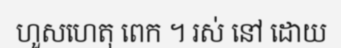
ហួសហេតុ ពេក ។ រស់ នៅ ដោយ